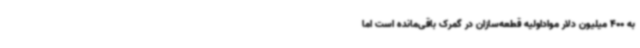
به 400 میلیون دلار مواداولیه قطعه‌سازان در گمرک باقی‌مانده است اما